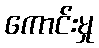
ကောင်းမှု